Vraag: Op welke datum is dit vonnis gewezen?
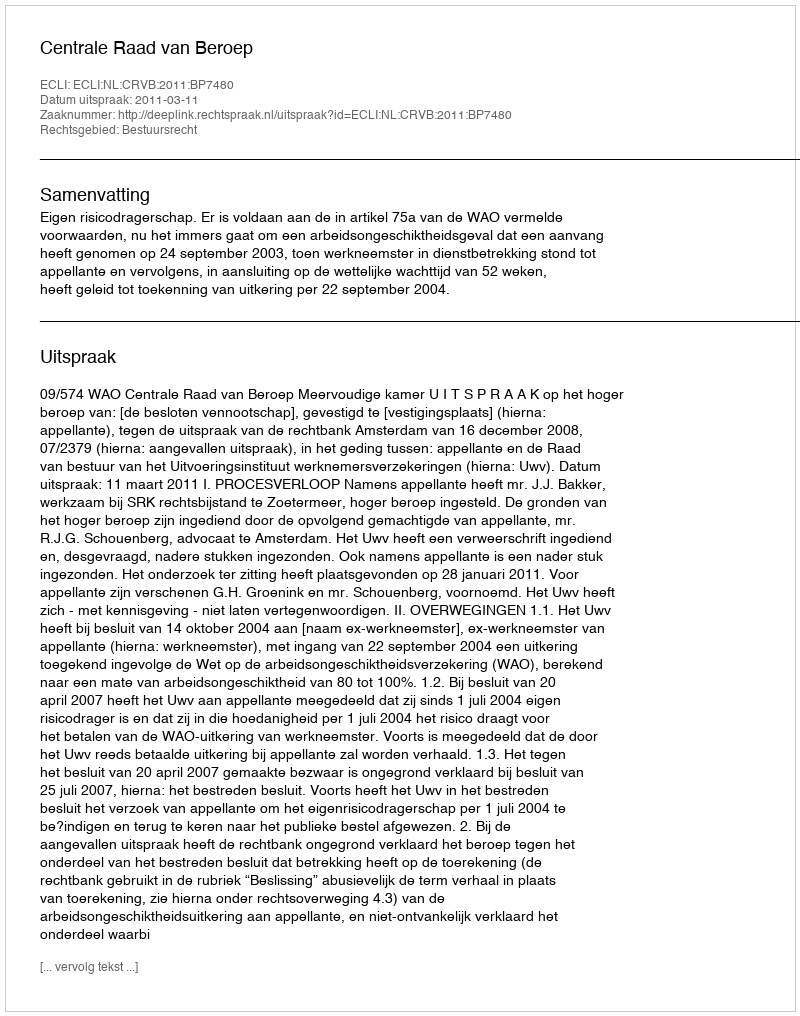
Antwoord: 2011-03-11